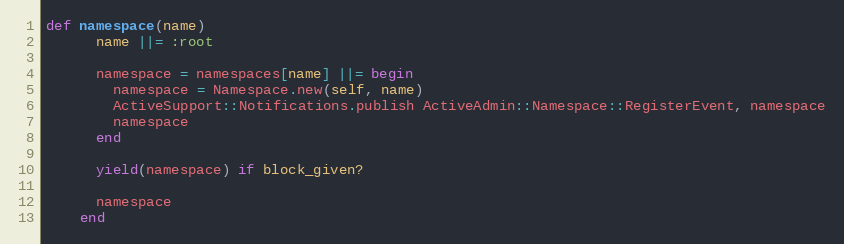
Language: Ruby
def namespace(name)
      name ||= :root

      namespace = namespaces[name] ||= begin
        namespace = Namespace.new(self, name)
        ActiveSupport::Notifications.publish ActiveAdmin::Namespace::RegisterEvent, namespace
        namespace
      end

      yield(namespace) if block_given?

      namespace
    end